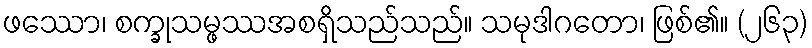
ဖဿော၊ စက္ခုသမ္ဖဿအစရှိသည်သည်။ သမုဒါဂတော၊ ဖြစ်၏။ (၂၆၃)